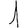
Digit: 1